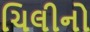
ચિલીનો